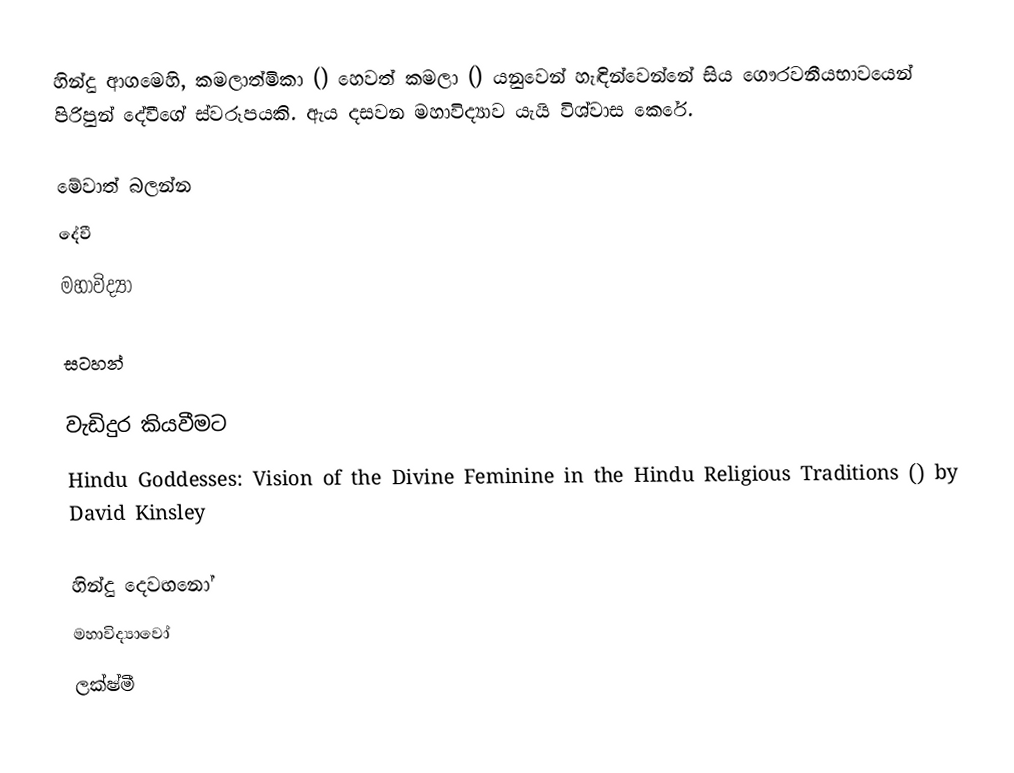
හින්දු ආගමෙහි, කමලාත්මිකා () හෙවත් කමලා () යනුවෙන් හැඳින්වෙන්නේ සිය ගෞරවනීයභාවයෙන් පිරිපුන් දේවීගේ ස්වරූපයකි. ඇය දසවන මහාවිද්‍යාව යැයි විශ්වාස කෙරේ.

මේවාත් බලන්න
දේවී
මහාවිද්‍යා

සටහන්

වැඩිදුර කියවීමට
Hindu Goddesses: Vision of the Divine Feminine in the Hindu Religious Traditions () by David Kinsley

හින්දු දෙවඟනෝ
මහාවිද්‍යාවෝ
ලක්ෂ්මී